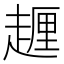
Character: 𧽆